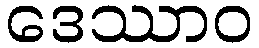
ဒေဿာဝ